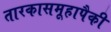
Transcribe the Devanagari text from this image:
तारकासमूहापैकी